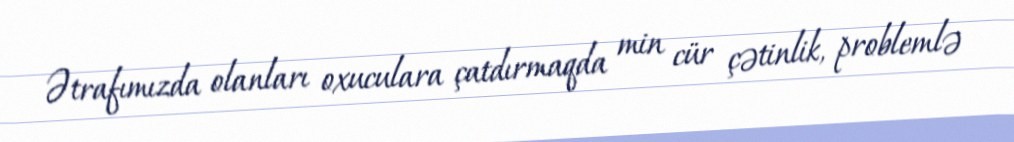
Ətrafımızda olanları oxuculara çatdırmaqda min cür çətinlik, problemlə